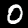
Label: 0